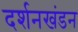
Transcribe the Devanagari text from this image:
दर्शनखंडन